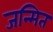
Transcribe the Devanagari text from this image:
जन्मित